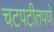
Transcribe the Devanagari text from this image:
चटपटीतपणे